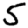
Digit: 5